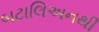
બટાલિઅનથી